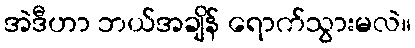
အဲဒီဟာ ဘယ်အချိန် ရောက်သွားမလဲ။